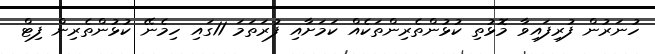
ހުނަރުން ފުރިފައިވާ މޮޅުތި ކުޅުންތެރިންތަކެއް ކަމަށާއި ފުރަތަމަ 11ގައި ހިމެނޭ ކުޅުންތެރިން ފިޓް